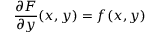
{ \frac { \partial F } { \partial y } } ( x , y ) = f ( x , y )